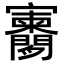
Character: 𫴨